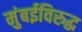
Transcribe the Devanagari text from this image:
मुंबईविरुद्ध